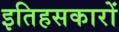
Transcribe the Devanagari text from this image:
इतिहसकारों